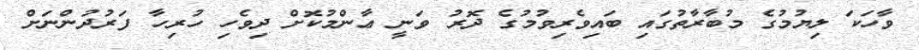
ވާހަކަ ލިޔުމުގެ މުބާރާތުގައި ބައިވެރިވުމުގެ ދޮރު ވަނީ ޢާންމުކޮށް ދިވެހި ހުރިހާ ފަރުދުންނަށް